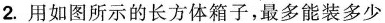
2.用如图所示的长方体箱子，最多能装多少